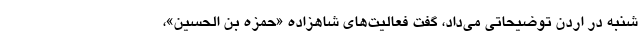
شنبه در اردن توضیحاتی می‌داد، گفت فعالیت‌های شاهزاده «حمزه بن الحسین»،